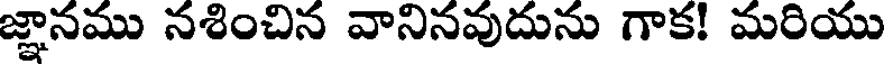
జ్ఞానము నశించిన వానినవుదును గాక! మరియు